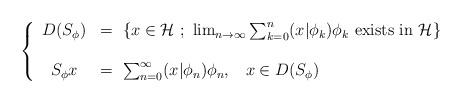
LaTeX: \begin{align*}\left\{\begin{array}{cl} D(S_{\phi})&= \ \left\{ x \in {\cal H} \ ; \ \lim_{n \rightarrow \infty} \sum_{k=0}^{n} (x | \phi_{k}) \phi_{k} \ {\rm exists} \ {\rm in} \ {\cal H} \right\} \\\\S_{\phi}x&= \ \sum_{n=0}^{\infty} (x| \phi_{n}) \phi_{n}, \;\;\; x \in D(S_{\phi}) \\\end{array}\right. \\ \end{align*}